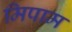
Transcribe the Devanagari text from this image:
मिपाम